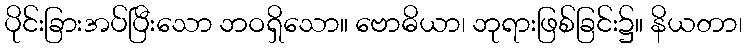
ပိုင်းခြားအပ်ပြီးသော ဘဝရှိသော။ ဗောဓိယာ၊ ဘုရားဖြစ်ခြင်း၌။ နိယတာ၊